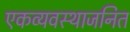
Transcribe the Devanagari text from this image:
एकव्यवस्थाजनित